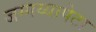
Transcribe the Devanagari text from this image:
जग्गय्यापेटा